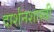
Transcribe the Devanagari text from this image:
दार्शनशास्त्री